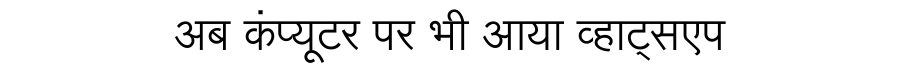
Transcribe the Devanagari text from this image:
अब कंप्यूटर पर भी आया व्हाट्सएप